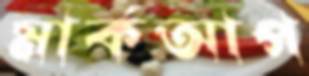
মার্কআপ